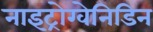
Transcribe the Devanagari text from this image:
नाइट्रोग्वेनिडिन